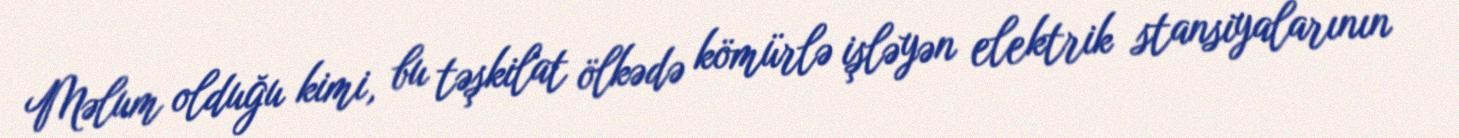
Məlum olduğu kimi, bu təşkilat ölkədə kömürlə işləyən elektrik stansiyalarının